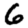
Digit: 6